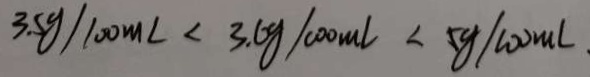
3 . 5 g / 1 0 0 m L < 3 . 6 g 1 0 0 0 m l < 5 g / 1 0 0 m l